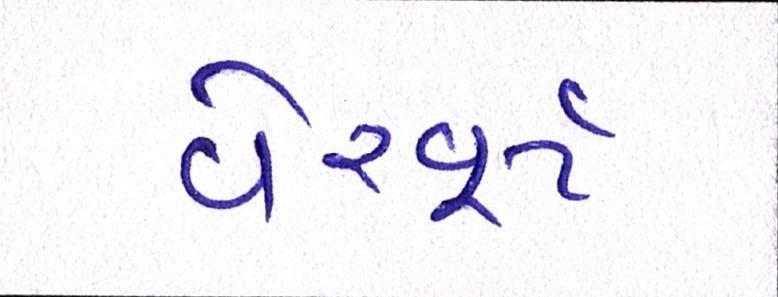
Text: વેરવૂર્ટ